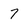
Character: 7